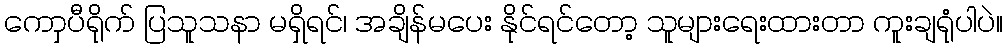
ကောှပီရိုက် ပြသူသနာ မရှိရင်၊ အချိန်မပေး နိုင်ရင်တော့ သူများရေးထားတာ ကူးချရုံပါပဲ။